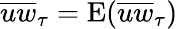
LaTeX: \overline{{uw}}_{\tau}=\mathrm{E}(\overline{{uw}}_{\tau})